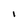
Character: i